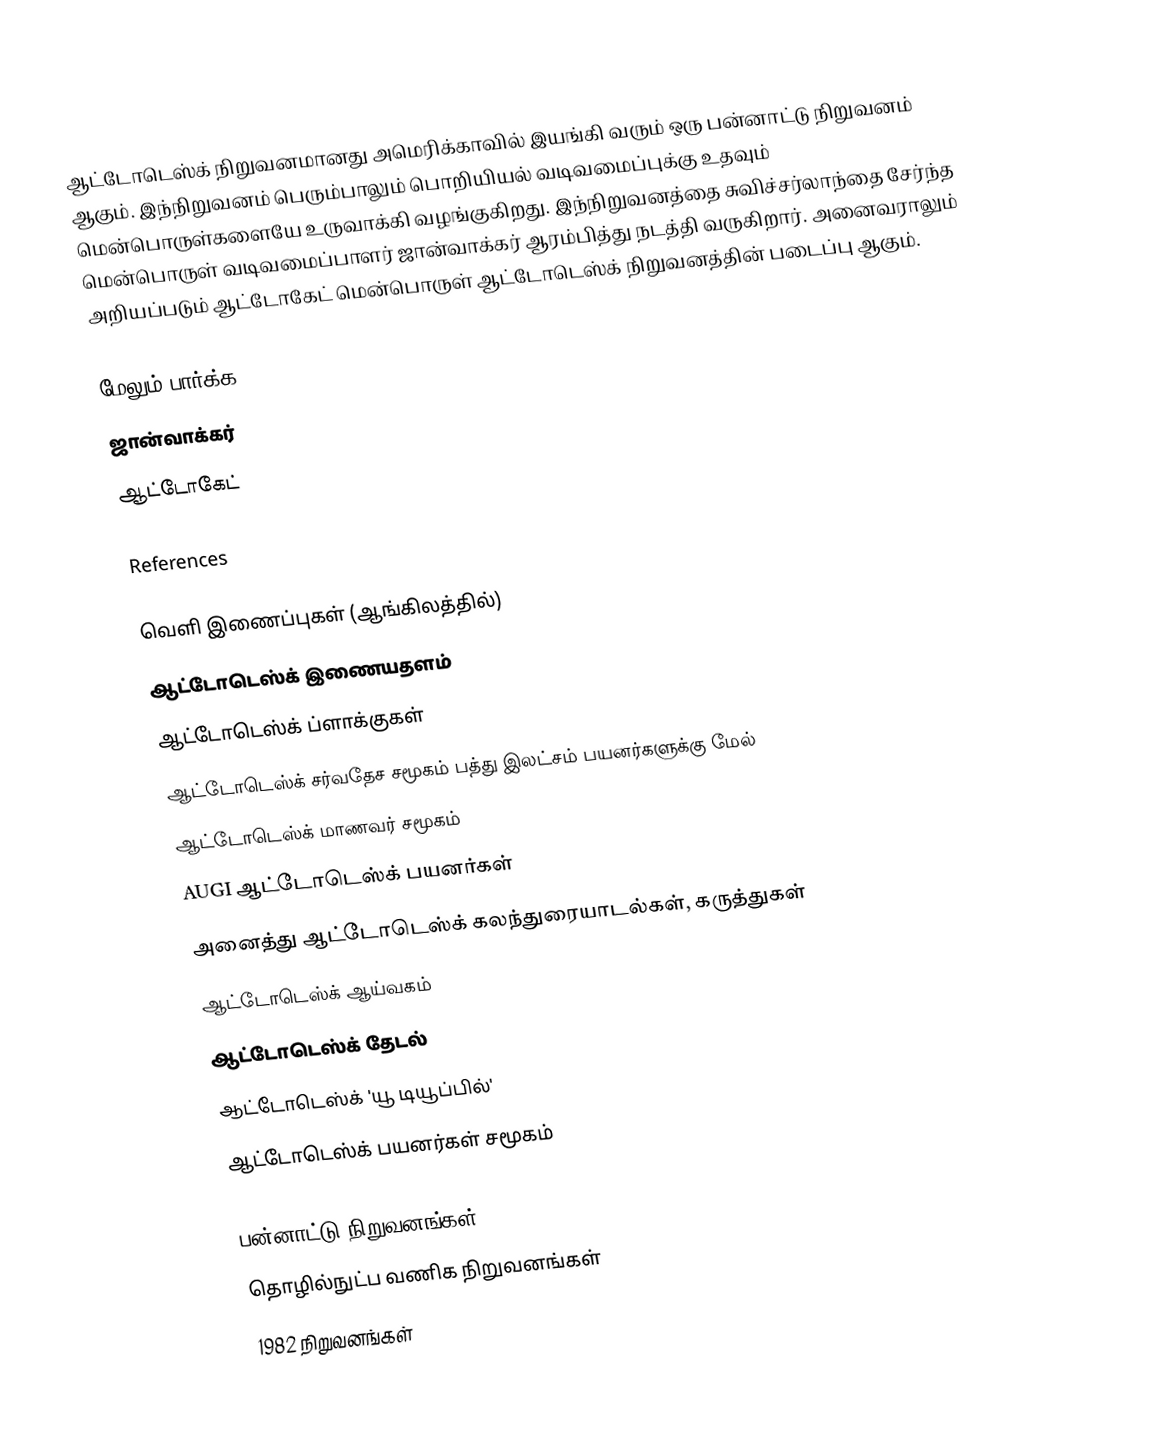
ஆட்டோடெஸ்க் நிறுவனமானது அமெரிக்காவில் இயங்கி வரும் ஒரு பன்னாட்டு நிறுவனம் ஆகும். இந்நிறுவனம் பெரும்பாலும் பொறியியல் வடிவமைப்புக்கு உதவும் மென்பொருள்களையே உருவாக்கி வழங்குகிறது. இந்நிறுவனத்தை சுவிச்சர்லாந்தை சேர்ந்த மென்பொருள் வடிவமைப்பாளர் ஜான்வாக்கர் ஆரம்பித்து நடத்தி வருகிறார். அனைவராலும் அறியப்படும் ஆட்டோகேட் மென்பொருள் ஆட்டோடெஸ்க் நிறுவனத்தின் படைப்பு ஆகும்.

மேலும் பார்க்க
 ஜான்வாக்கர்
 ஆட்டோகேட்

References

வெளி இணைப்புகள் (ஆங்கிலத்தில்)
 ஆட்டோடெஸ்க் இணையதளம்
 ஆட்டோடெஸ்க் ப்ளாக்குகள்
 ஆட்டோடெஸ்க் சர்வதேச சமூகம் பத்து இலட்சம் பயனர்களுக்கு மேல்
 ஆட்டோடெஸ்க் மாணவர் சமூகம்
 AUGI ஆட்டோடெஸ்க் பயனர்கள்
 அனைத்து ஆட்டோடெஸ்க் கலந்துரையாடல்கள், கருத்துகள்
 ஆட்டோடெஸ்க் ஆய்வகம்
 ஆட்டோடெஸ்க் தேடல்
 ஆட்டோடெஸ்க் 'யூ டியூப்பில்'
 ஆட்டோடெஸ்க் பயனர்கள் சமூகம்

பன்னாட்டு நிறுவனங்கள்
தொழில்நுட்ப வணிக நிறுவனங்கள்
1982 நிறுவனங்கள்